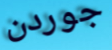
جوردن